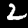
Label: 2